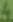
Text: 4